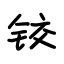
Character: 铰